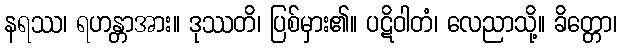
နရဿ၊ ရဟန္တာအား။ ဒုဿတိ၊ ပြစ်မှား၏။ ပဋိဝါတံ၊ လေညာသို့။ ခိတ္တော၊